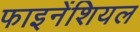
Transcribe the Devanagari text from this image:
फाइनेंशियल